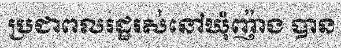
ប្រជាពលរដ្ឋរស់នៅឃុំញ៉ាង បាន